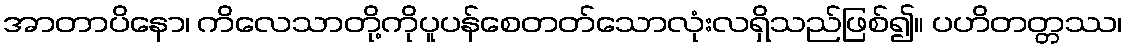
အာတာပိနော၊ ကိလေသာတို့ကိုပူပန်စေတတ်သောလုံးလရှိသည်ဖြစ်၍။ ပဟိတတ္တဿ၊